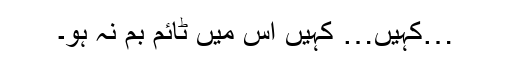
…کہیں… کہیں اس میں ٹائم بم نہ ہو۔